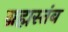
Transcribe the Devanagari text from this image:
ब्रह्मस्तंब